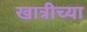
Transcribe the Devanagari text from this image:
खात्रीच्या